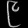
Digit: ၉